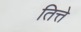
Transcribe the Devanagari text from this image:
तित्ते